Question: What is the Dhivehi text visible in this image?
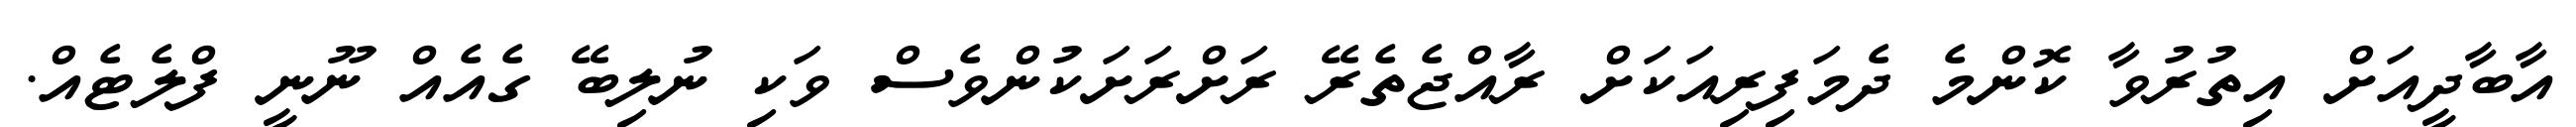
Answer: އާބާދީއަށް އިތުރުވާ ކޮންމެ ދެމަފިރިއަކަށް ރާއްޖެތެރޭ ރަށްރަށަކުންވެސް ވަކި ނުލިބޭ ގެއެއް ނޫނީ ފްލެޓެއް.